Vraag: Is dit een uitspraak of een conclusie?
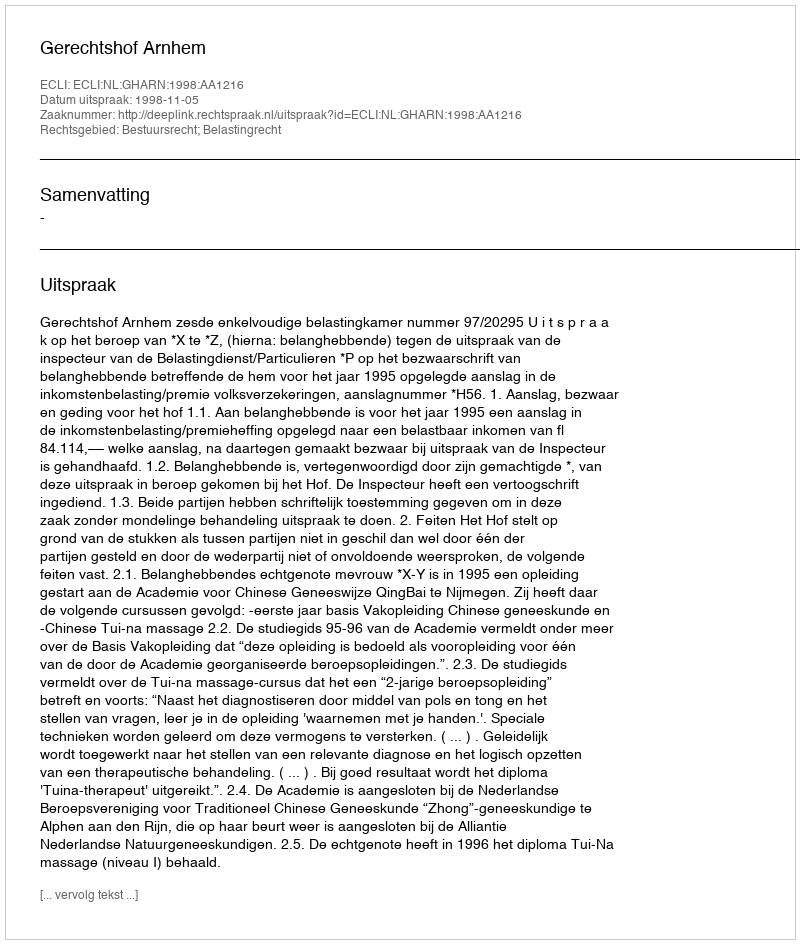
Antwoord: Uitspraak